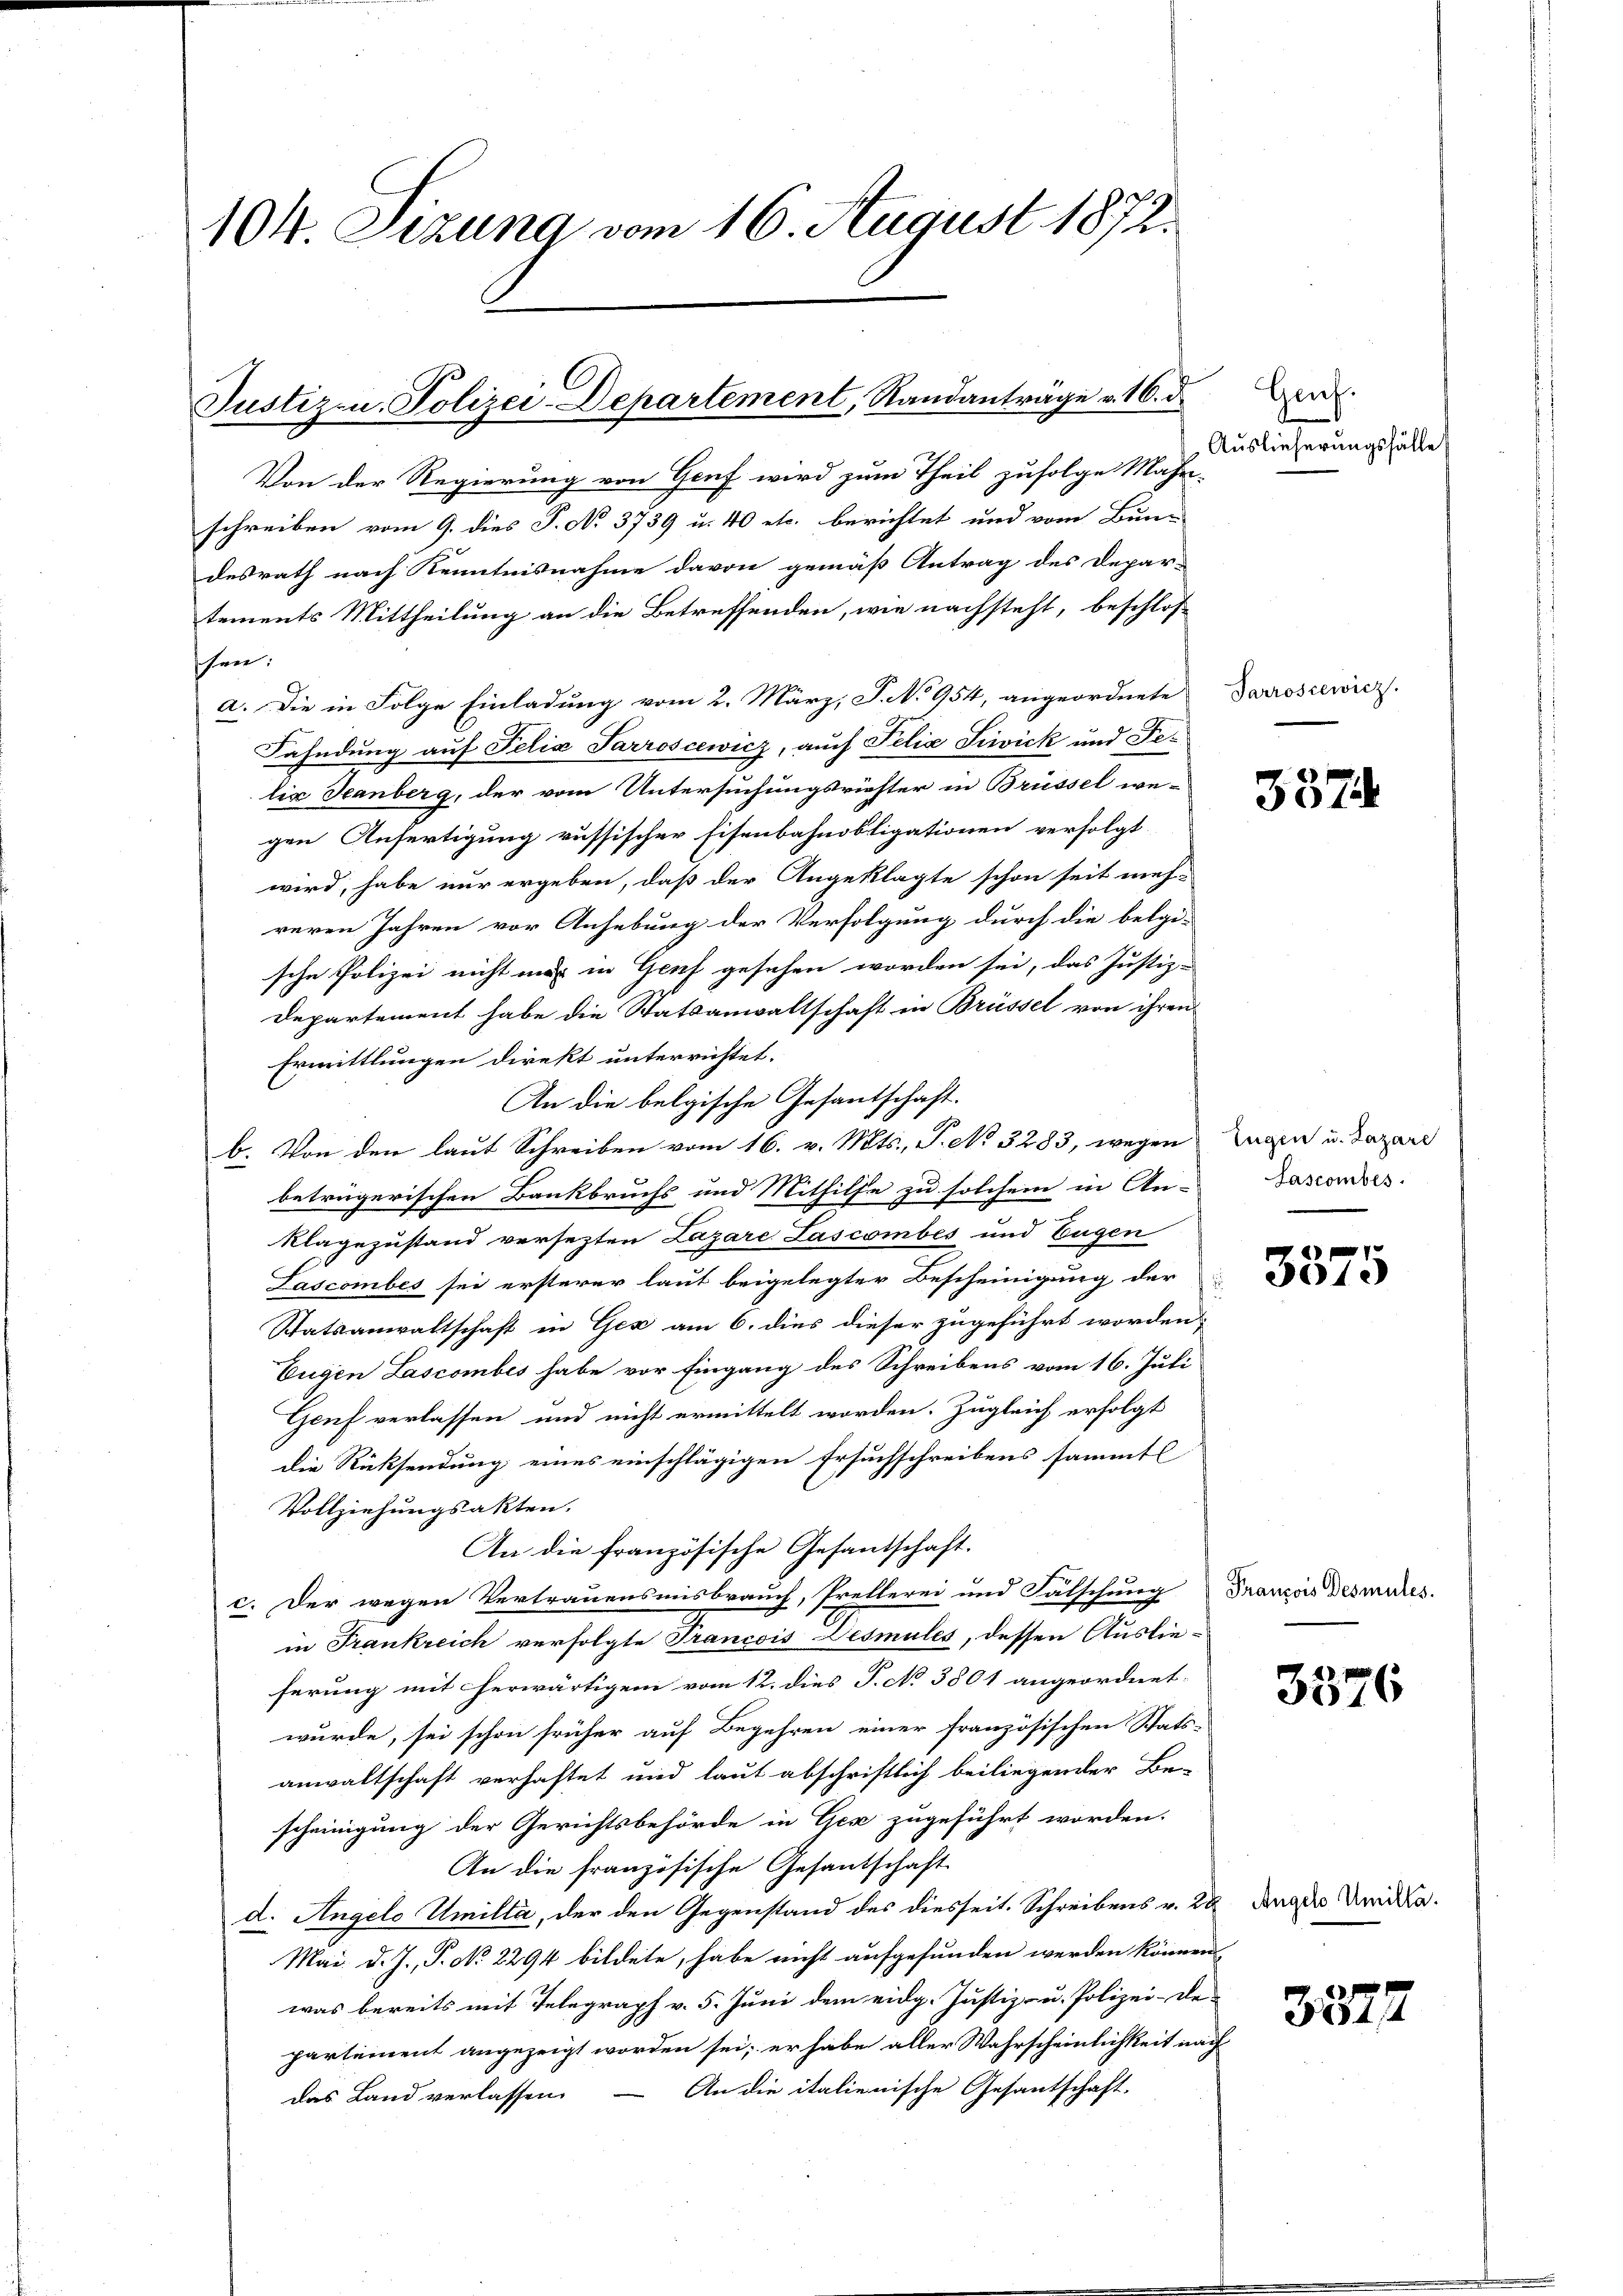
104. Sizung vom 16. August 1872.

Justiz- u. Polizei-Departement, Randanträge v. 16. d.

Von der Regierung von Genf wird zum Theil zufolge Mahr-
schreiben vom 9. dies P. No 3739 u. 40 etc. berichtet und vom Bun-
desrath nach Kenntnisnahme davon gemäß Antrag des Depar-
tements Mittheilung an die Betreffenden, wie nachsteht, beschlos
schen.
a. Die in Folge Einladung vom 2. März, P. No 954, angeordnete Darosiewicz
Fahndung auf Felix Sarroscewicz, auch Felia Siwick und Felir Jeanberg, der vom Untersuchungsrichter in Brüssel we-
gen Anfertigung russischer Eisenbahnobligationen verfolgt
wird, habe nur ergeben, daß der Angeklagte schon seit meh-
reren Jahren vor Anhebung der Verfolgung durch die belgi-
sche Polizei nicht mir in Genf gesehen worden sei, das Justiz-
departement habe die Statsanwaltschaft in Brüssel von ihren
Ermittlungen direkt unterrichtet.
An die belgische Gesantschaft.
b. Von den laut Schreiben vom 16. v. Mts., P. No 3283, wegen Tagen u. dazare
beträgerischen Bankbruchs und Mithilfe zu solchem in An-
klagezustand versezten Lazare Lascombes und Eugen
Lascombes sei ersterer laut beigelegter Bescheinigung der
Statsanwaltschaft in Gez am 6. dies dieser zugeführt worden,
Eugen Lascomber habe vor Eingang des Schreibens vom 16. Juli
Genf verlassen und nicht ermittelt worden. Zugleich erfolgt
die Rücksendung eines einschlägigen Ersuchschreibens sämmtl
Vollziehungsakten.
An die französische Gesandschaft.
c. Der wegen Vertrauensmisbrauch, Pretlerei und Fälschung Franzois desmales.
in Frankreich verfolgte Francois Desmules, dessen Auslie-
ferung mit herwärtigem vom 12. dies P. No 3801 angeordnet:
wurde, sei schon früher auf Begehren einer französischen Stats-
anwaltschaft verhaftet und laut abschriftlich beiliegender Be-
scheinigung der Gerichtsbehörde in Ges zugeführt worden.
An die französische Gesantschaft
d. Angelo Umilta, der den Gegenstand des diesseit. Schreibens v. 28
Mai d. J., S. No 2294 bildete, habe nicht aufgefunden werden können
was bereits mit Telegraph v. 5. Juni dem eidg. Justiz- u. Polizei- de
partement angezeigt worden sei; er habe aller Wahrscheinlichkeit nach
das Land verlassen. — An die italienische Gesantschaft-

Genf.
Auslieferungsfälle

357

Jasconbes

304.

3376

Angelo Umilla.

3372